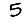
Digit: 5